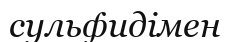
сульфидімен